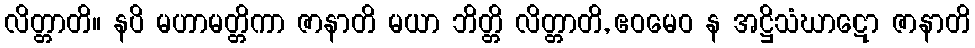
လိတ္တာတိ။ နပိ မဟာမတ္တိကာ ဇာနာတိ မယာ ဘိတ္တိ လိတ္တာတိ, ဧဝမေဝ န အဋ္ဌိသံဃာဋော ဇာနာတိ